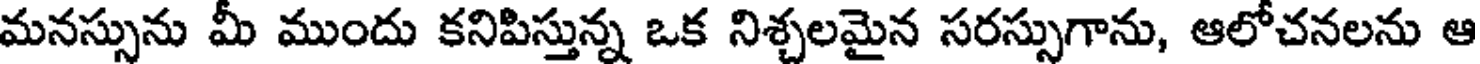
మనస్సును మీ ముందు కనిపిస్తున్న ఒక నిశ్చలమైన సరస్సుగాను, ఆలోచనలను ఆ